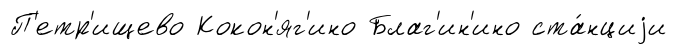
П'етр'ищево Кокон'яг'ино Благ'ин'ино ста́нциjи